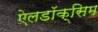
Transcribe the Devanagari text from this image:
ऐलडॉक्सिम